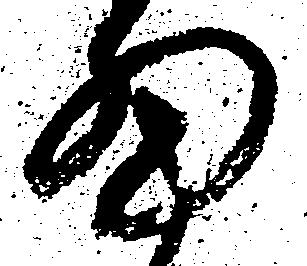
細